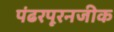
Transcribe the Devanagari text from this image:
पंढरपूरनजीक